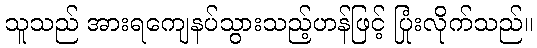
သူသည် အားရကျေနပ်သွားသည့်ဟန်ဖြင့် ပြုံးလိုက်သည်။